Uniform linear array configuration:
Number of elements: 24
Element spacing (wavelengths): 0.5
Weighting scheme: hann
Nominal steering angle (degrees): -45
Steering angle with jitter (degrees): -43.225
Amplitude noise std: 0.05
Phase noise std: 0.05

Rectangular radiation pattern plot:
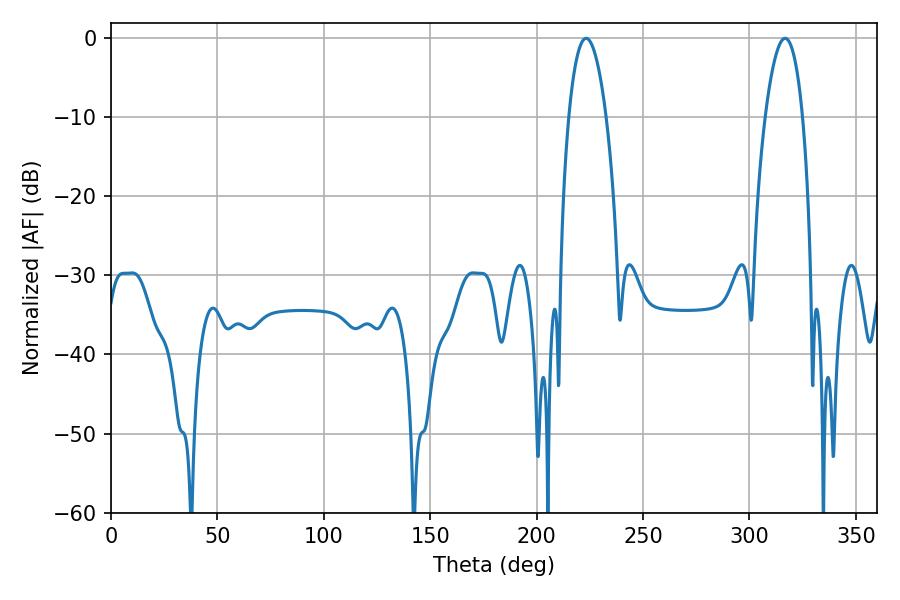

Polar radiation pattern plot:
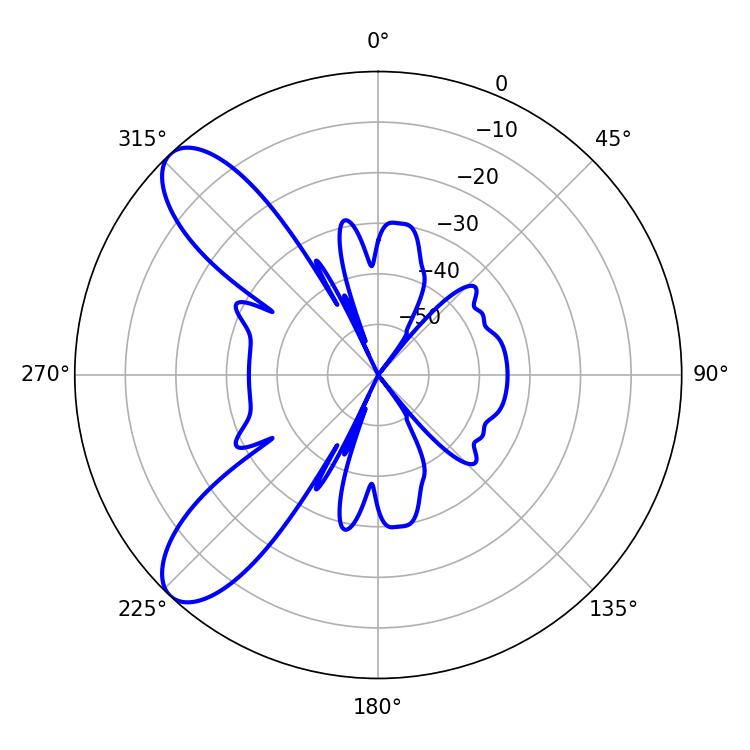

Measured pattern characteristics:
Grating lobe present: FALSE
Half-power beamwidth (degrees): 9.9
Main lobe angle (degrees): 223.2